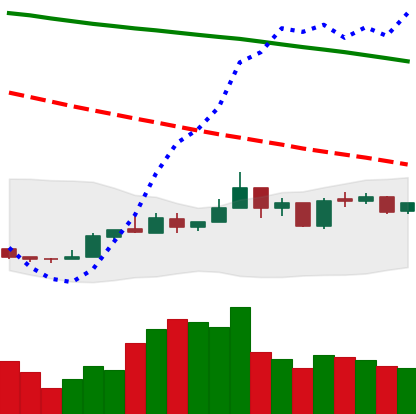
Ticker: NEO-USD
Chart end date: 2019-01-01
Forward return: 9.87%
Label: up_7plus